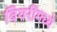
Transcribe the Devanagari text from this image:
बियरींमध्ये